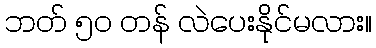
ဘတ် ၅၀ တန် လဲပေးနိုင်မလား။